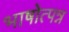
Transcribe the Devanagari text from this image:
भाषोत्पन्न